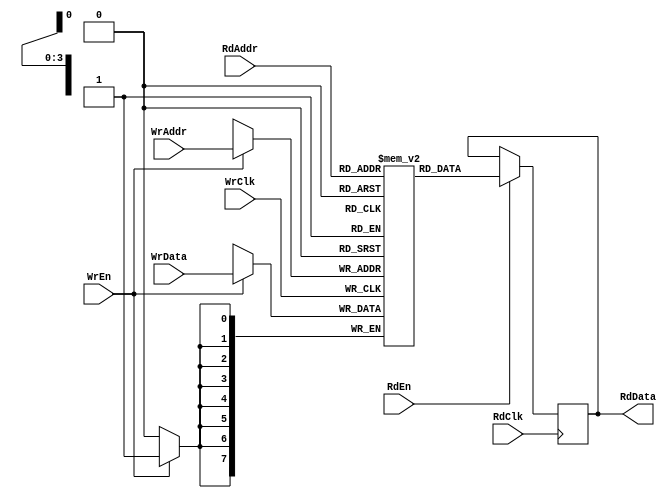
// SPDX-License-Identifier: Apache-2.0
/*
 * Copyright 2021, Luke E. McKay.
 *
 * Licensed under the Apache License, Version 2.0 (the "License");
 * you may not use this file except in compliance with the License.
 * You may obtain a copy of the License at
 *
 *   http://www.apache.org/licenses/LICENSE-2.0
 *
 * Unless required by applicable law or agreed to in writing, software
 * distributed under the License is distributed on an "AS IS" BASIS,
 * WITHOUT WARRANTIES OR CONDITIONS OF ANY KIND, either express or implied.
 * See the License for the specific language governing permissions and
 * limitations under the License.
 */

/** Memory w/ Independently Clocked Read & Write Ports
 *  A simple parameterized RAM for things like an asynchronous FIFO.
 *  Version 0.1.1
 */
module cr_ram_r_w_2c
#(
  parameter  pWidth = 8,    //!< Datapath Width, RAM Word Width
  parameter  pAddrSize = 4, //!< Number of address bits
  parameter  pAsyncRead = 0 //!< First word fall-through
)(
  //# {{clocks|}}
  input  wire                 WrClk,
  input  wire                 RdClk,
  //# {{control|}}
  input  wire                 WrEn,
  input  wire [pAddrSize-1:0] WrAddr,
  input  wire                 RdEn,
  input  wire [pAddrSize-1:0] RdAddr,
  //# {{data|}}
  input  wire [pWidth-1:0]    WrData,
  output wire [pWidth-1:0]    RdData
);

localparam DEPTH = 1<<pAddrSize;

reg [pWidth-1:0] mem [0:DEPTH-1];
reg [pWidth-1:0] rdata_q;

always @(posedge WrClk)
begin
  if (WrEn)
    mem[WrAddr] <= WrData;
end

generate
  if (pAsyncRead == 1)
  begin : AsyncRead
    assign RdData = mem[RdAddr];
  end
  else
  begin : SyncRead
    always @(posedge RdClk)
    begin
      if (RdEn)
        rdata_q <= mem[RdAddr];
    end
    assign RdData = rdata_q;
  end
endgenerate

endmodule